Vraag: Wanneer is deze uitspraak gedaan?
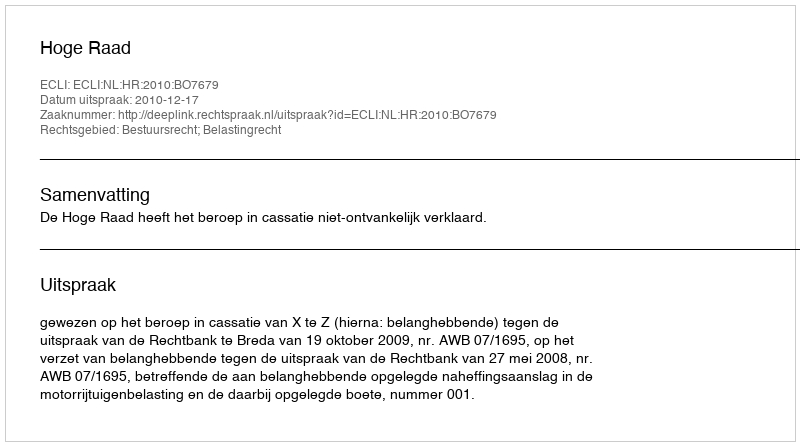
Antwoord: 2010-12-17